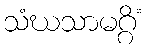
သံဃသာမဂ္ဂိံ